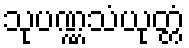
သုပဏ္ဏသံယုတ္တံ